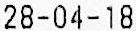
28-04-18